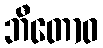
ဘီတောဝ